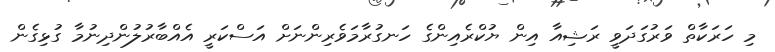
މި ހަރަކާތް ވަރުގަދަވީ ރަޝިއާ އިން ޔުކްރެއިންގެ ހަނގުރާމަވެރިންނަށް އަސްކަރީ އެއްބާރުލުންދިނުމާ ގުޅިގެން